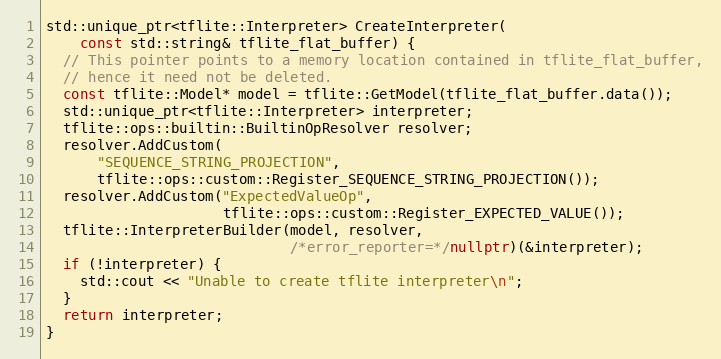
Language: C++
std::unique_ptr<tflite::Interpreter> CreateInterpreter(
    const std::string& tflite_flat_buffer) {
  // This pointer points to a memory location contained in tflite_flat_buffer,
  // hence it need not be deleted.
  const tflite::Model* model = tflite::GetModel(tflite_flat_buffer.data());
  std::unique_ptr<tflite::Interpreter> interpreter;
  tflite::ops::builtin::BuiltinOpResolver resolver;
  resolver.AddCustom(
      "SEQUENCE_STRING_PROJECTION",
      tflite::ops::custom::Register_SEQUENCE_STRING_PROJECTION());
  resolver.AddCustom("ExpectedValueOp",
                     tflite::ops::custom::Register_EXPECTED_VALUE());
  tflite::InterpreterBuilder(model, resolver,
                             /*error_reporter=*/nullptr)(&interpreter);
  if (!interpreter) {
    std::cout << "Unable to create tflite interpreter\n";
  }
  return interpreter;
}